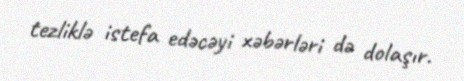
tezliklə istefa edəcəyi xəbərləri də dolaşır.